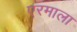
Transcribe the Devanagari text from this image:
एरमाला